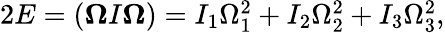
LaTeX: \begin{array}{r}{2E=(\boldsymbol{\Omega}I\boldsymbol{\Omega})=I_{1}\Omega_{1}^{2}+I_{2}\Omega_{2}^{2}+I_{3}\Omega_{3}^{2},}\end{array}